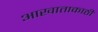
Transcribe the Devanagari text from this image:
आखाताकाठी